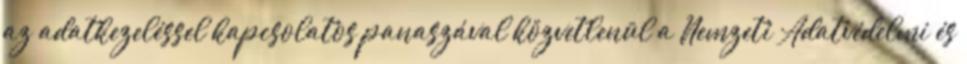
az adatkezeléssel kapcsolatos panaszával közvetlenül a Nemzeti Adatvédelmi és